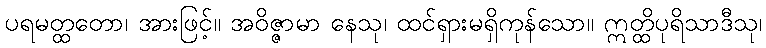
ပရမတ္ထတော၊ အားဖြင့်။ အဝိဇ္ဇာမာ နေသု၊ ထင်ရှားမရှိကုန်သော။ ဣတ္ထိပုရိသာဒီသု၊